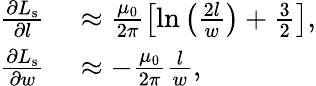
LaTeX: \begin{array}{rl}{\frac{\partial L_{\mathrm{s}}}{\partial l}}&{{}\approx\frac{\mu_{0}}{2\pi}\left[\ln\left(\frac{2l}{w}\right)+\frac{3}{2}\right],}\\ {\frac{\partial L_{\mathrm{s}}}{\partial w}}&{{}\approx-\frac{\mu_{0}}{2\pi}\frac{l}{w},}\end{array}